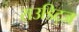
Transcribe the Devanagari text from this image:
राउडिट्ज